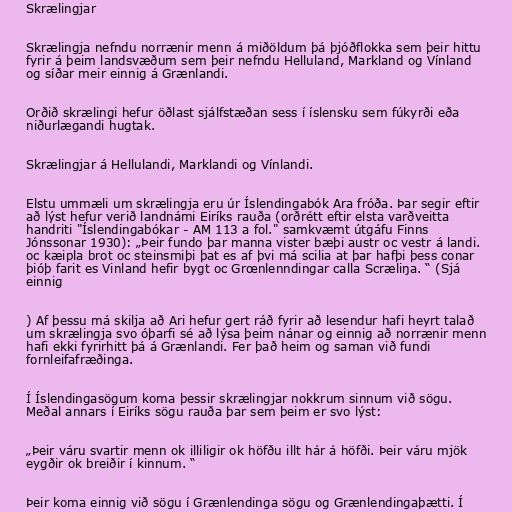
Skrælingjar

Skrælingja nefndu norrænir menn á miðöldum þá þjóðflokka sem þeir hittu
fyrir á þeim landsvæðum sem þeir nefndu Helluland, Markland og Vínland
og síðar meir einnig á Grænlandi.

Orðið skrælingi hefur öðlast sjálfstæðan sess í íslensku sem fúkyrði eða
niðurlægandi hugtak.

Skrælingjar á Hellulandi, Marklandi og Vínlandi.

Elstu ummæli um skrælingja eru úr Íslendingabók Ara fróða. Þar segir eftir
að lýst hefur verið landnámi Eiríks rauða (orðrétt eftir elsta varðveitta
handriti "Íslendingabókar - AM 113 a fol." samkvæmt útgáfu Finns
Jónssonar 1930): „Þeir fundo þar manna vister bæþi austr oc vestr á landi.
oc kæipla brot oc steinsmiþi þat es af þvi má scilia at þar hafþi þess conar
þióþ farit es Vinland hefir bygt oc Grœnlenndingar calla Scræliŋa. “ (Sjá
einnig

) Af þessu má skilja að Ari hefur gert ráð fyrir að lesendur hafi heyrt talað
um skrælingja svo óþarfi sé að lýsa þeim nánar og einnig að norrænir menn
hafi ekki fyrirhitt þá á Grænlandi. Fer það heim og saman við fundi
fornleifafræðinga.

Í Íslendingasögum koma þessir skrælingjar nokkrum sinnum við sögu.
Meðal annars í Eiríks sögu rauða þar sem þeim er svo lýst:

„Þeir váru svartir menn ok illiligir ok höfðu illt hár á höfði. Þeir váru mjök
eygðir ok breiðir í kinnum. “

Þeir koma einnig við sögu í Grænlendinga sögu og Grænlendingaþætti. Í